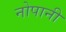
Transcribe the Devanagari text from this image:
नोपानी